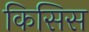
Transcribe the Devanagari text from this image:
किसिस